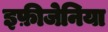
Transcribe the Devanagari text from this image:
इफ़ीजेनिया